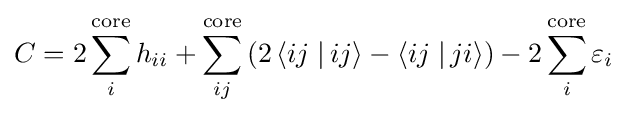
C=2\sum _{i}^{\rm {core}}h_{ii}+\sum _{ij}^{\rm {core}}\left(2\left\langle ij\left.\right|ij\right\rangle -\left\langle ij\left.\right|ji\right\rangle \right)-2\sum _{i}^{\rm {core}}\varepsilon _{i}